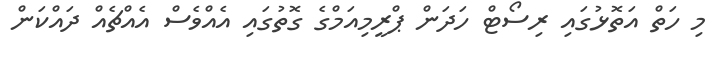
މި ހަތް އަތޮޅުގައި ރިސޯޓް ހަދަން ޕްރީމިއަމްގެ ގޮތުގައި އެއްވެސް އެއްޗެއް ދައްކަން